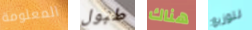
المعلومة طبول هناك لتوزيع